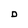
Character: D